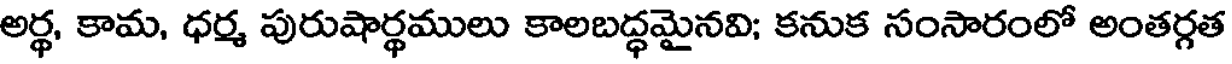
అర్థ, కామ, ధర్మ పురుషార్థములు కాలబద్ధమైనవి; కనుక సంసారంలో అంతర్గత